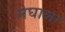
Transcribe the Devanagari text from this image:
मेघाला